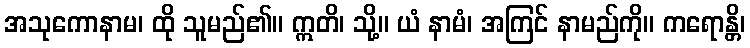
အသုကောနာမ၊ ထို သူမည်၏။ ဣတိ၊ သို့။ ယံ နာမံ၊ အကြင် နာမည်ကို။ ကရောန္တိ၊